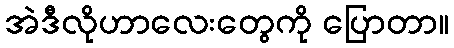
အဲဒီလိုဟာလေးတွေကို ပြောတာ။